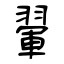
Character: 翬